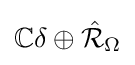
\mathbb {C} \delta \oplus {\hat {\mathcal {R}}}_{\Omega }